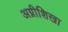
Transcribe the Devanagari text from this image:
अग्नीशिखा